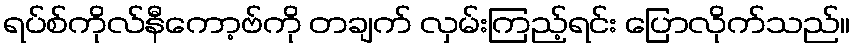
ရပ်စ်ကိုလ်နီကော့ဗ်ကို တချက် လှမ်းကြည့်ရင်း ပြောလိုက်သည်။